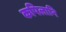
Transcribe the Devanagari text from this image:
कपिलानि